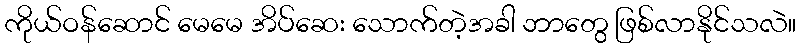
ကိုယ်ဝန်ဆောင် မေမေ အိပ်ဆေး သောက်တဲ့အခါ ဘာတွေ ဖြစ်လာနိုင်သလဲ။